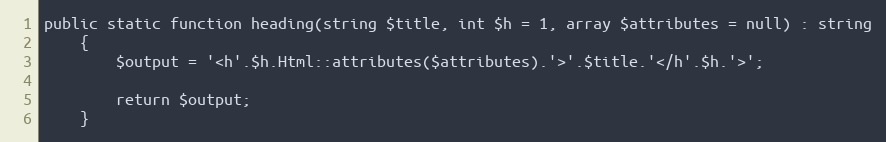
Language: PHP
public static function heading(string $title, int $h = 1, array $attributes = null) : string
    {
        $output = '<h'.$h.Html::attributes($attributes).'>'.$title.'</h'.$h.'>';

        return $output;
    }